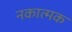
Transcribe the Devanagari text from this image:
नकात्मक